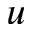
u